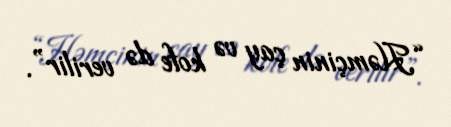
“Həmçinin çay və kofe də verilir”.